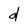
Character: d